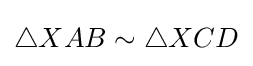
\triangle XAB\sim \triangle XCD